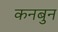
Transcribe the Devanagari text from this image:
कनबुन